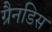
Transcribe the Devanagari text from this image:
ग्रैनडिस